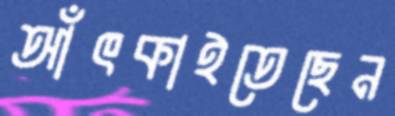
আঁৎকাইতেছেন